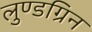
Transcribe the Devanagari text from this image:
लुण्डग्रिन